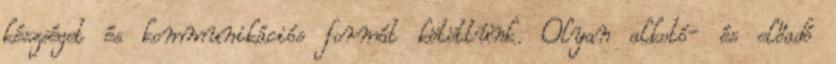
készséget és kommunikációs formát kötöttünk. Olyan alkotó- és előadó